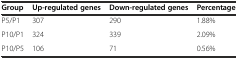
<table><thead><tr><td><b>Group</b></td><td><b>Up-regulated genes</b></td><td><b>Down-regulated genes</b></td><td><b>Percentage</b></td></tr></thead><tbody><tr><td>P5/P1</td><td>307</td><td>290</td><td>1.88%</td></tr><tr><td>P10/P1</td><td>324</td><td>339</td><td>2.09%</td></tr><tr><td>P10/P5</td><td>106</td><td>71</td><td>0.56%</td></tr></tbody></table>